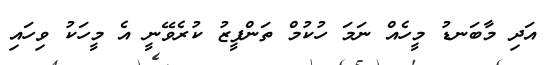
އަދި މާބަނޑު މީހެއް ނަމަ ހުކުމް ތަންފީޒު ކުރެވޭނީ އެ މީހަކު ވިހައި